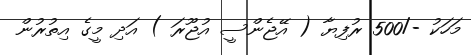
މަހަކު -/500 ރުފިޔާ ( އޭޖެންސީ އުޖޫރަ ) އަދި މީގެ އިތުރުން